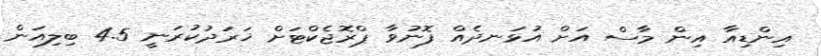
އިންޑިއާ އިން މާސް އަށް އުޅަނދެއް ފޮނުވާ ޕްރޮޖެކްޓަށް ޚަރަދުކުރަނީ 4.5 ބިލިއަން